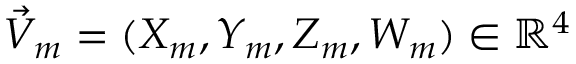
\vec { V } _ { m } = ( X _ { m } , Y _ { m } , Z _ { m } , W _ { m } ) \in \mathbb { R } ^ { 4 }